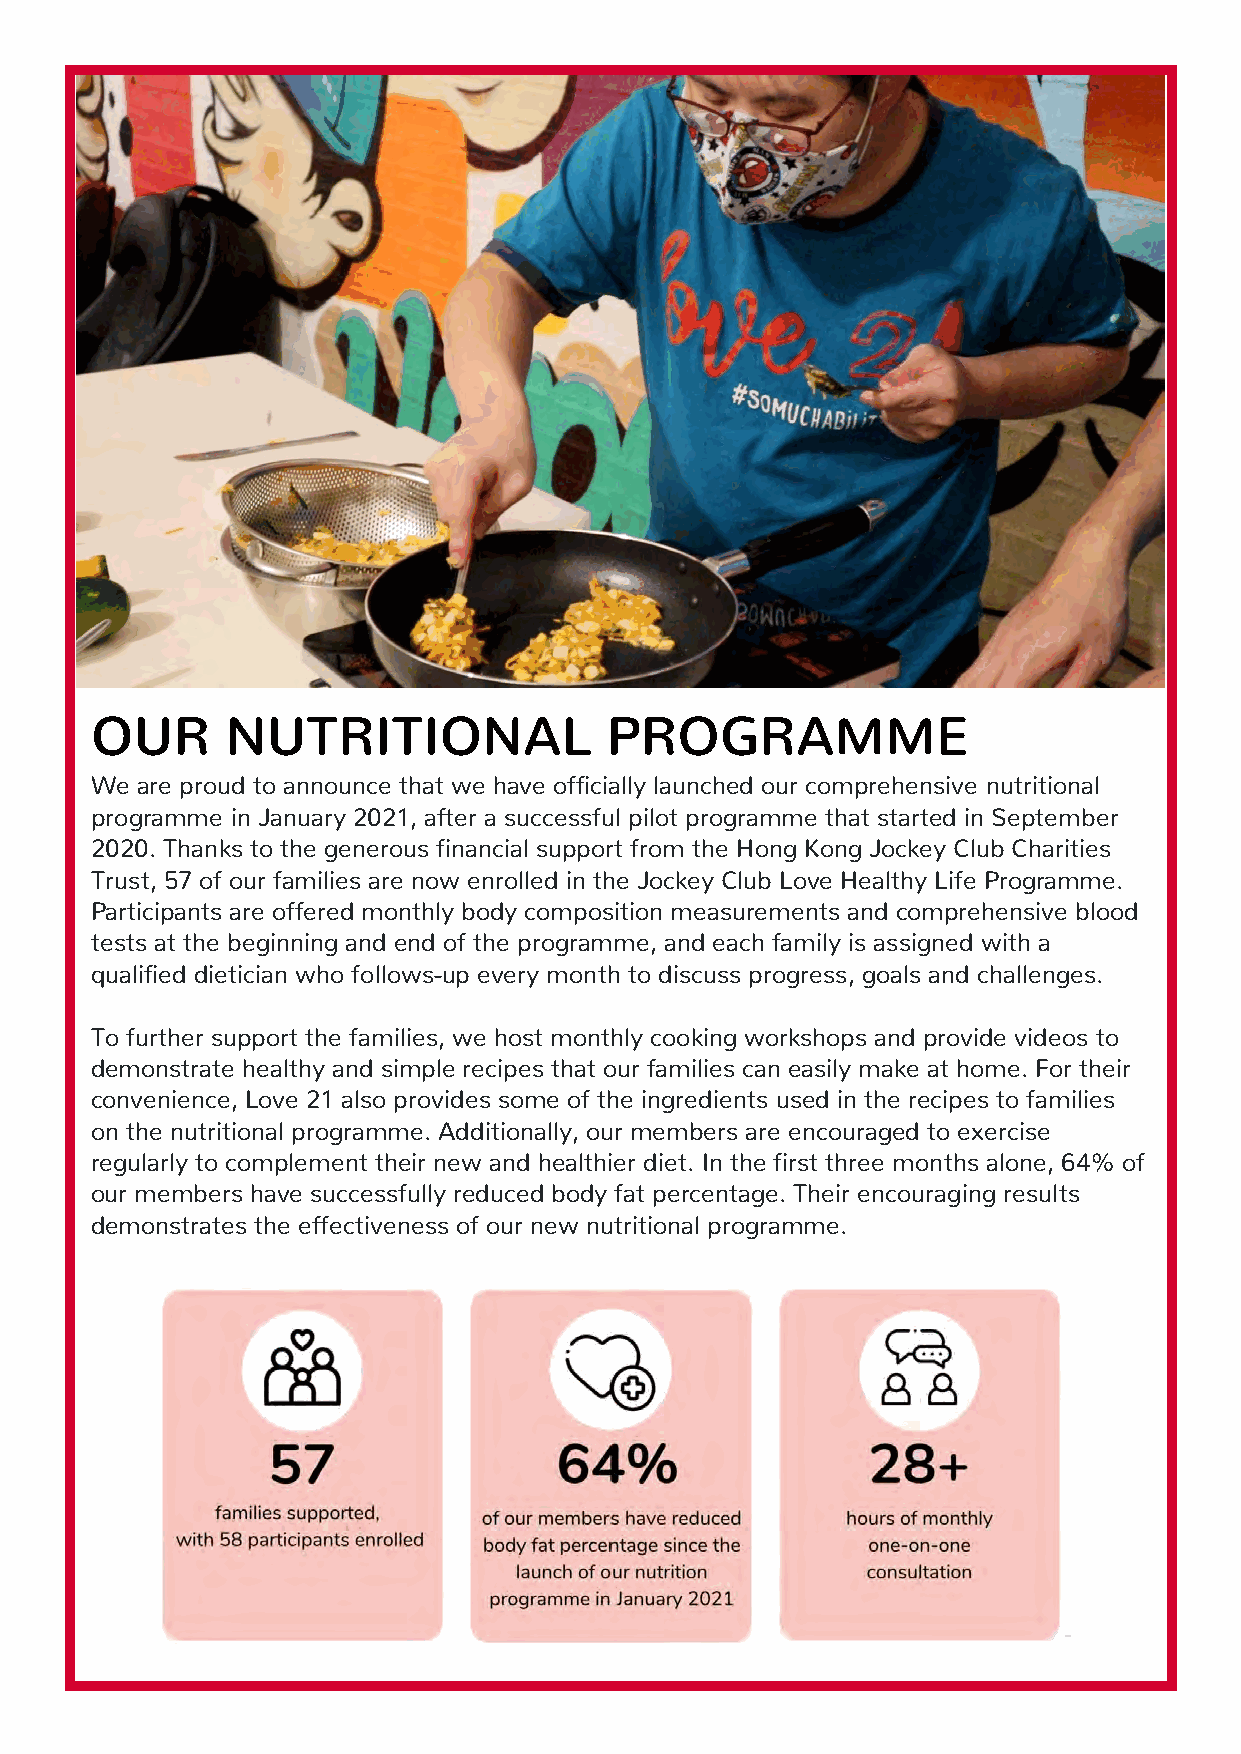
OUR      NUTRITIONAL              PROGRAMME
 We are proud to announce that we have officially launched our comprehensive nutritional
 programme in January 2021, after a successful pilot programme that started in September
 2020. Thanks to the generous financial support from the Hong Kong Jockey Club Charities
 Trust, 57 of our families are now enrolled in the Jockey Club Love Healthy Life Programme.
 Participants are offered monthly body composition measurements and comprehensive blood
 tests at the beginning and end of the programme, and each family is assigned with a
 qualified dietician who follows-up every month to discuss progress, goals and challenges.
 To further support the families, we host monthly cooking workshops and provide videos to
 demonstrate healthy and simple recipes that our families can easily make at home. For their
 convenience, Love 21 also provides some of the ingredients used in the recipes to families
 on the nutritional programme. Additionally, our members are encouraged to exercise
 regularly to complement their new and healthier diet. In the first three months alone, 64% of
 our members have successfully reduced body fat percentage. Their encouraging results
 demonstrates the effectiveness of our new nutritional programme.